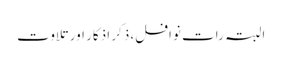
البتہ رات نوافل، ذکر اذکار اور تلاوت